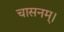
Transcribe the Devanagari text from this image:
चासनम्‌।